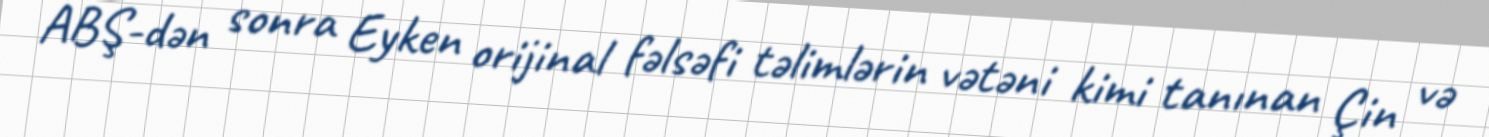
ABŞ-dən sonra Eyken orijinal fəlsəfi təlimlərin vətəni kimi tanınan Çin və